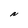
Character: N